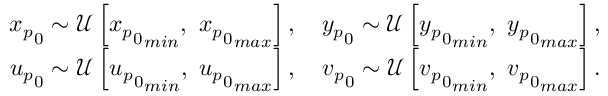
\begin{array} { r } { { x _ { p } } _ { 0 } \sim \mathcal { U } \left[ { { x _ { p } } _ { 0 } } _ { m i n } , \ { { x _ { p } } _ { 0 } } _ { m a x } \right] , \ \ \ { y _ { p } } _ { 0 } \sim \mathcal { U } \left[ { { y _ { p } } _ { 0 } } _ { m i n } , \ { { y _ { p } } _ { 0 } } _ { m a x } \right] , } \\ { { u _ { p } } _ { 0 } \sim \mathcal { U } \left[ { { u _ { p } } _ { 0 } } _ { m i n } , \ { { u _ { p } } _ { 0 } } _ { m a x } \right] , \ \ \ { v _ { p } } _ { 0 } \sim \mathcal { U } \left[ { { v _ { p } } _ { 0 } } _ { m i n } , \ { { v _ { p } } _ { 0 } } _ { m a x } \right] . } \end{array}